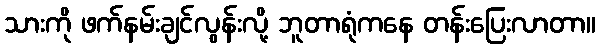
သားကို ဖက်နမ်းချင်လွန်းလို့ ဘူတာရုံကနေ တန်းပြေးလာတာ။